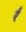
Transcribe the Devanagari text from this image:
र्र